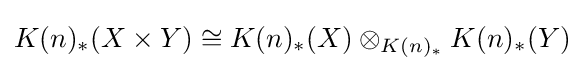
K(n)_{*}(X\times Y)\cong K(n)_{*}(X)\otimes _{K(n)_{*}}K(n)_{*}(Y)